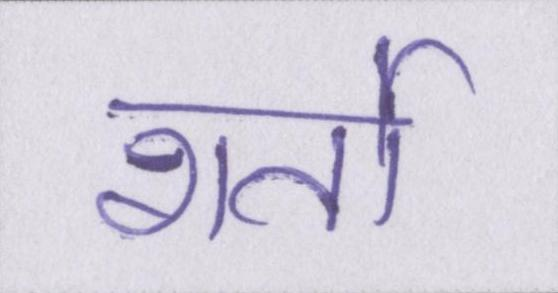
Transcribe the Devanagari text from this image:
शर्तो